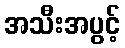
အသီးအပွင့်